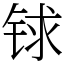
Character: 𨱇